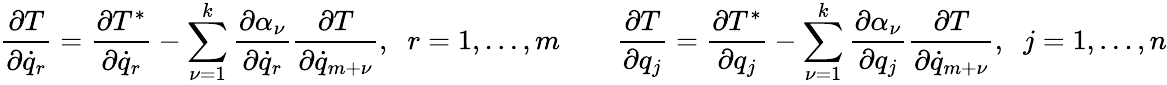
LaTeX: \frac{\partial T}{\partial{\dot{q}}_{r}}=\frac{\partial T^{*}}{\partial{\dot{q}}_{r}}-\sum_{\nu=1}^{k}\frac{\partial\alpha_{\nu}}{\partial{\dot{q}}_{r}}\frac{\partial T}{\partial{\dot{q}}_{m+\nu}},\; \; r=1,\dots,m\qquad\frac{\partial T}{\partial q_{j}}=\frac{\partial T^{*}}{\partial q_{j}}-\sum_{\nu=1}^{k}\frac{\partial\alpha_{\nu}}{\partial q_{j}}\frac{\partial T}{\partial{\dot{q}}_{m+\nu}},\; \; j=1,\dots,n